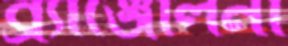
ব্র্যাঞ্জেলিনা